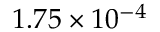
1 . 7 5 \times 1 0 ^ { - 4 }